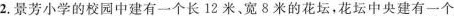
2.景芳小学的校园中建有一个长12米、宽8米的花坛，花坛中央建有一个